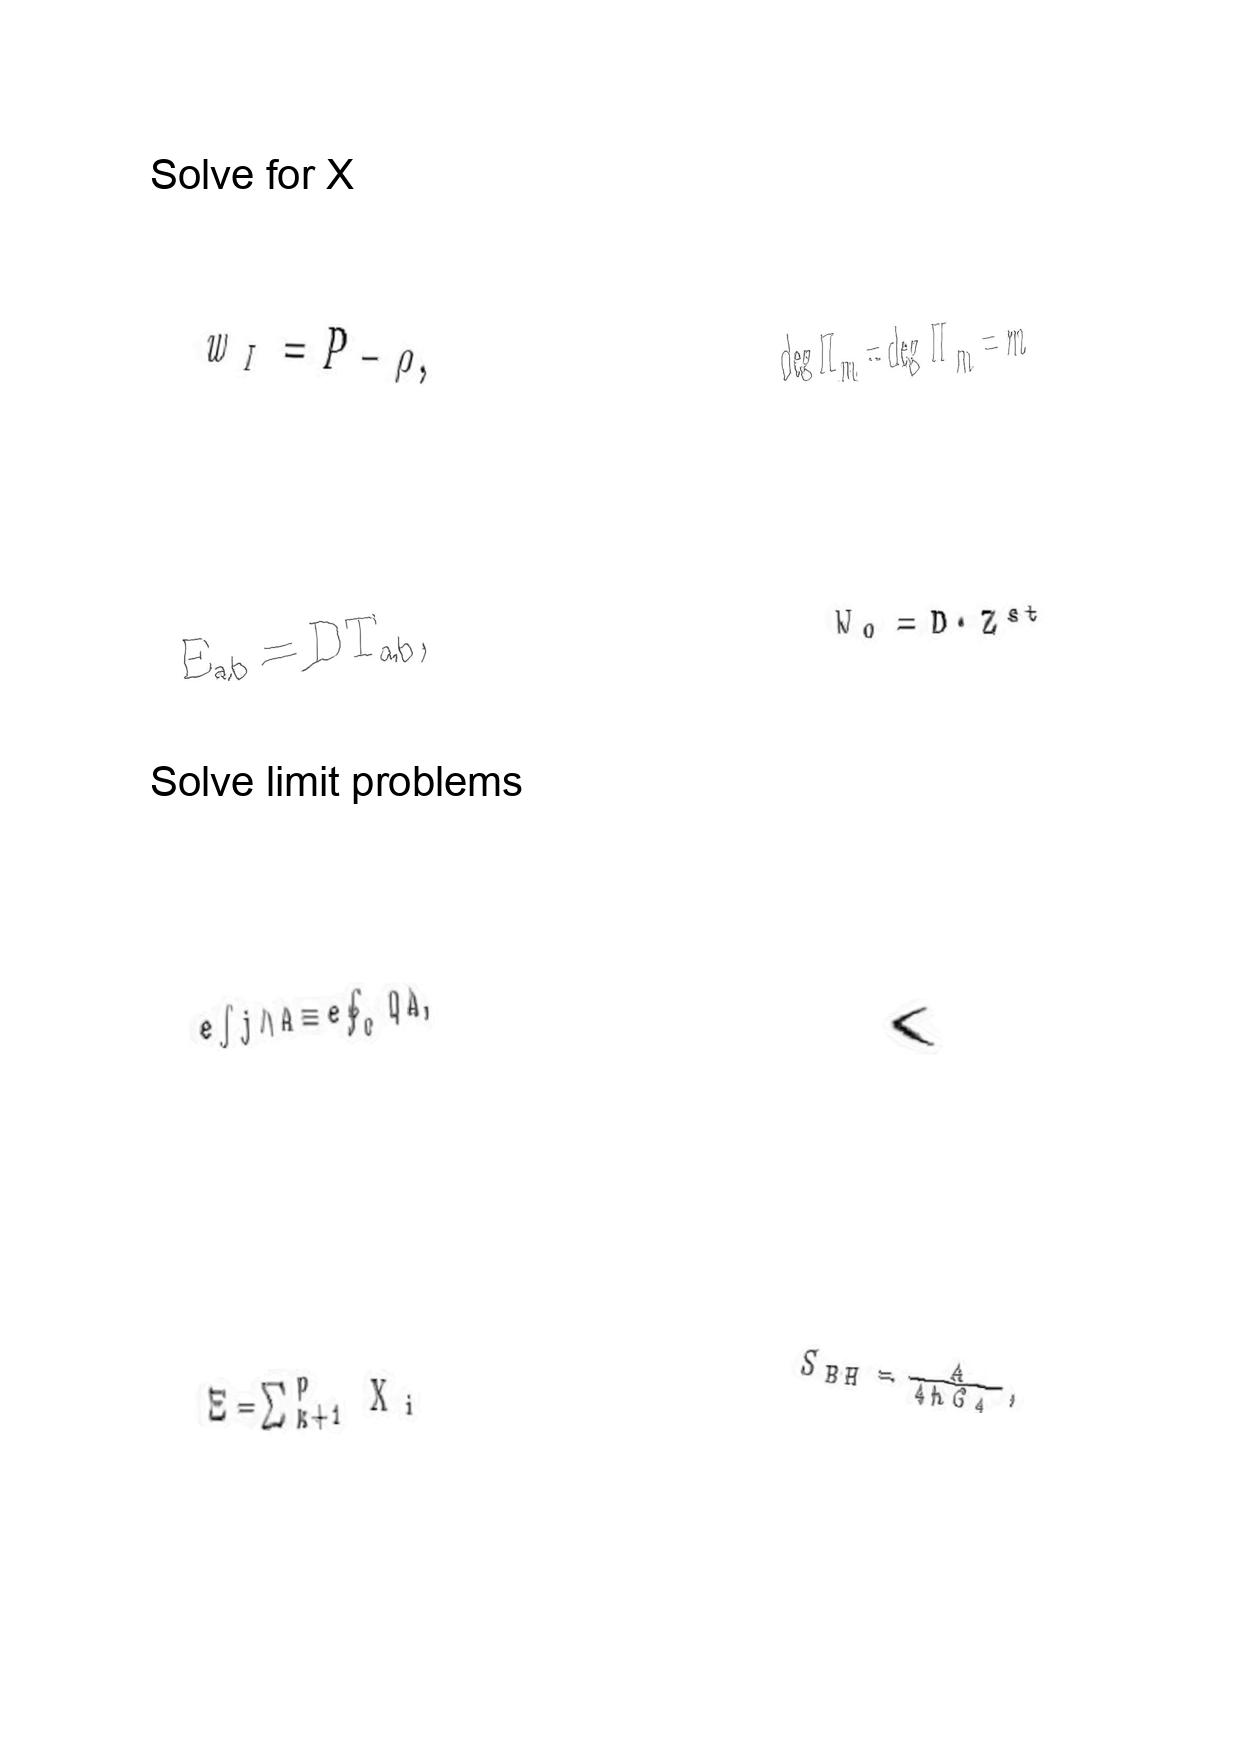
LaTeX transcription:
w _ { I } = P - \rho ,
E _ { a b } = D T _ { a b } ,
e \int j \wedge A \equiv e \oint _ { C } Q A ,
\Xi = \sum _ { k + 1 } ^ { p } X _ { i }
\deg \Pi _ { m } = \deg \tilde { \Pi } _ { m } = m
W _ { 0 } = D \cdot Z ^ { s t }
\langle
S _ { B H } = \frac { A } { 4 \hbar G _ { d } } ,